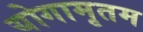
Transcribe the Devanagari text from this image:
योगामृतम